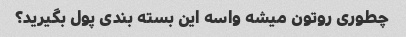
چطوری روتون میشه واسه این بسته بندی پول بگیرید؟